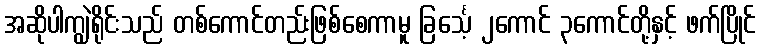
အဆိုပါကျွဲရိုင်းသည် တစ်ကောင်တည်းဖြစ်စေကာမူ ခြင်္သေ့ ၂ကောင် ၃ကောင်တို့နှင့် ဖက်ပြိုင်